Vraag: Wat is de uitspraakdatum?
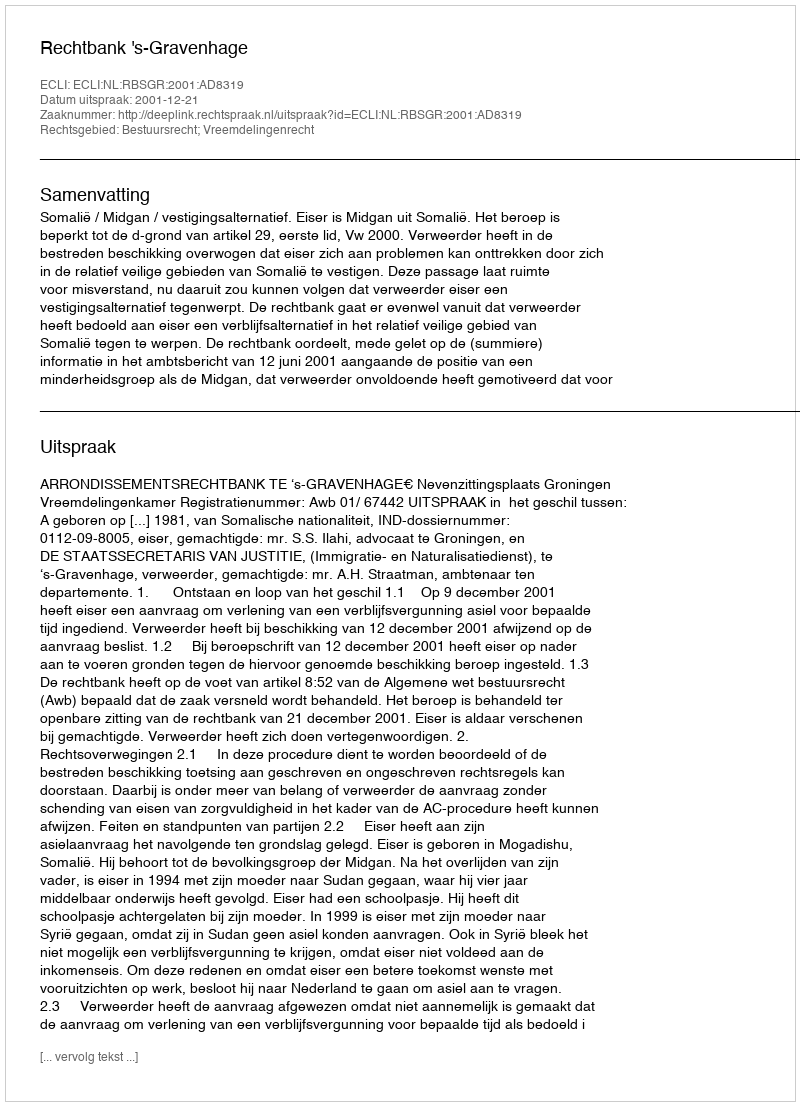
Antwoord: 2001-12-21